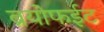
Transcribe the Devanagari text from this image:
ब्रयोफईट